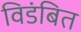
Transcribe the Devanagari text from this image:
विडंबित